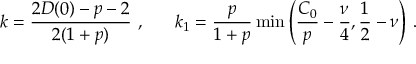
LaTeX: k = \frac { 2 { \cal D } ( 0 ) - p - 2 } { 2 ( 1 + p ) } \, \, , \, \, \, \, \, \, \, \, \, \, k _ { 1 } = \frac { p } { 1 + p } \operatorname * { m i n } \left( \frac { C _ { 0 } } { p } - \frac { \nu } { 4 } , \frac { 1 } { 2 } - \nu \right) \, \mathrm { . }